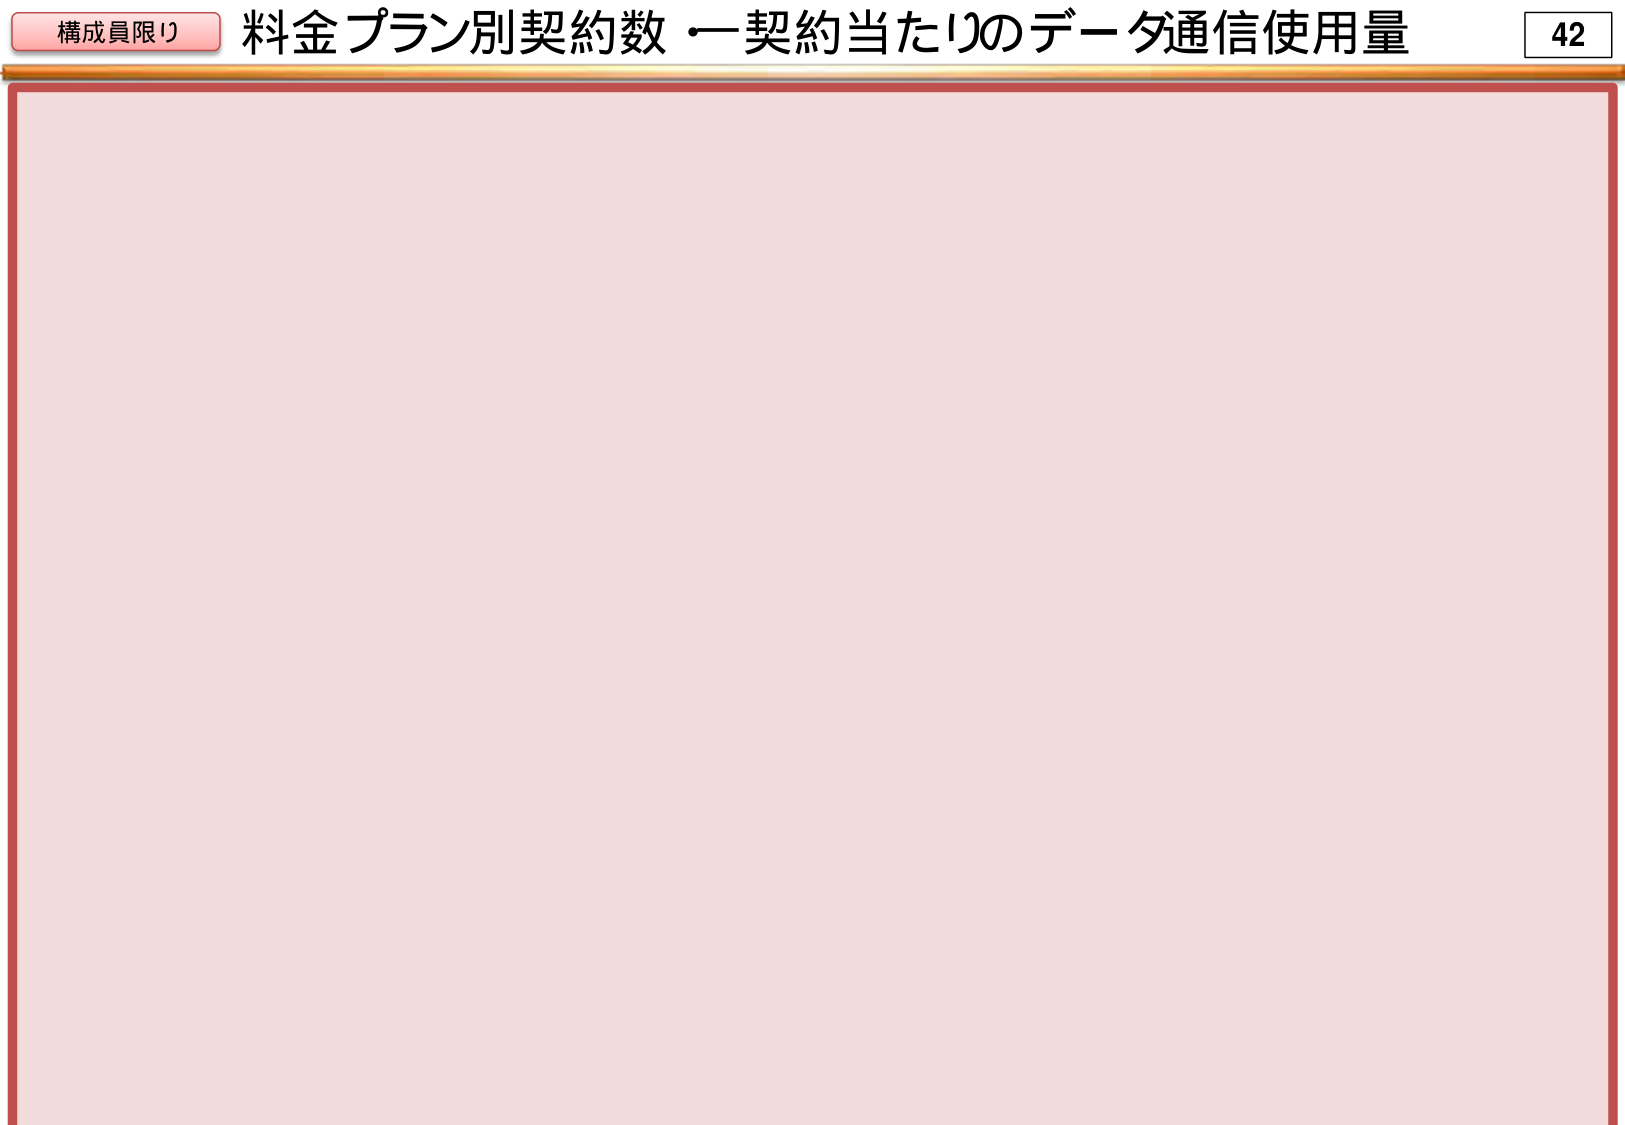
構成員限り 料金プラン別契約数・一契約当たりのデータ通信使用量 42